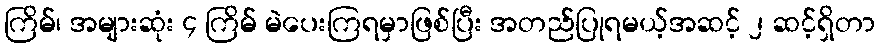
ကြိမ်၊ အများဆုံး ၄ ကြိမ် မဲပေးကြရမှာဖြစ်ပြီး အတည်ပြုရမယ့်အဆင့် ၂ ဆင့်ရှိတာ